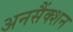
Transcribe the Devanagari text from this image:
अनसैंक्शन